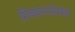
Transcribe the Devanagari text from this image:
मिथ्यागर्भावस्था